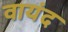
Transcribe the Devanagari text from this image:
वायंद